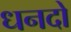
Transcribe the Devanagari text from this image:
धनदो